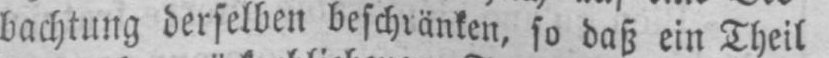
bachtung derselben beschränken, so daß ein Theil